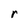
Character: r